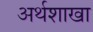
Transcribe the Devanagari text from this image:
अर्थशाखा